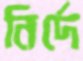
নির্দে